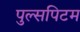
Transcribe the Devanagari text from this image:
पुल्सपिटम